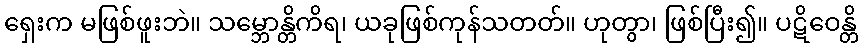
ရှေးက မဖြစ်ဖူးဘဲ။ သမ္ဘောန္တိကိရ၊ ယခုဖြစ်ကုန်သတတ်။ ဟုတွာ၊ ဖြစ်ပြီး၍။ ပဋိဝေန္တိ